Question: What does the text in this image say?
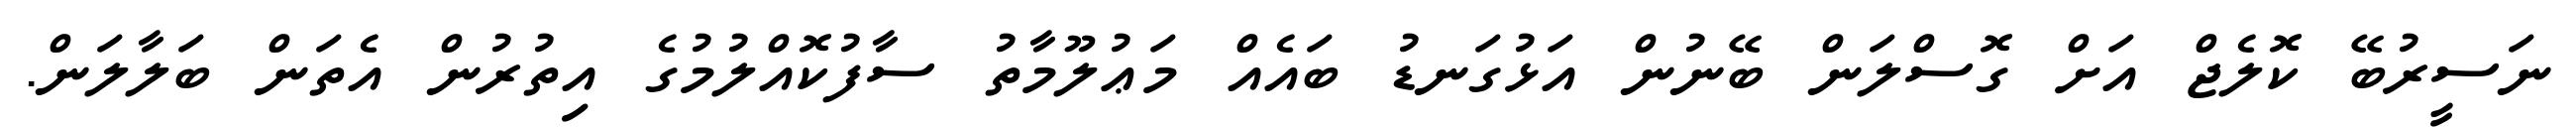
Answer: ނަސީރުބޭ ކޮލެޖް އަށް ގޮސްލަން ބޭނުން އަޅުގަނޑު ބައެއް މަޢުލޫމާތު ސާފުކޮއްލުމުގެ އިތުރުން އެތަން ބަލާލަން.